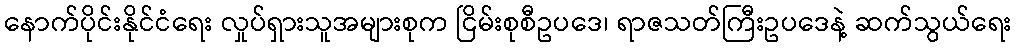
နောက်ပိုင်းနိုင်ငံရေး လှုပ်ရှားသူအများစုက ငြိမ်းစုစီဥပဒေ၊ ရာဇသတ်ကြီးဥပဒေနဲ့ ဆက်သွယ်ရေး